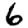
Digit: 6